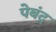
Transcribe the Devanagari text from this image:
पेबंद